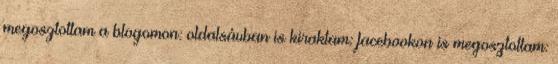
megosztottam a blogomon: oldalsávban is kiraktam: facebookon is megosztottam: